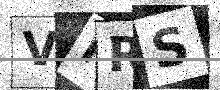
Text: VKRS